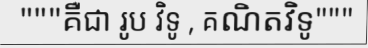
"""គឺជា រូប វិទូ , គណិតវិទូ"""